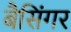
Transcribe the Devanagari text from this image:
बैसिंगर